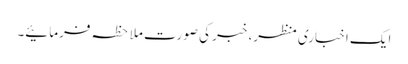
ایک اخباری منظر، خبر کی صورت ملاحظہ فرمائیے۔